Scottish Certificate of Education, 1962
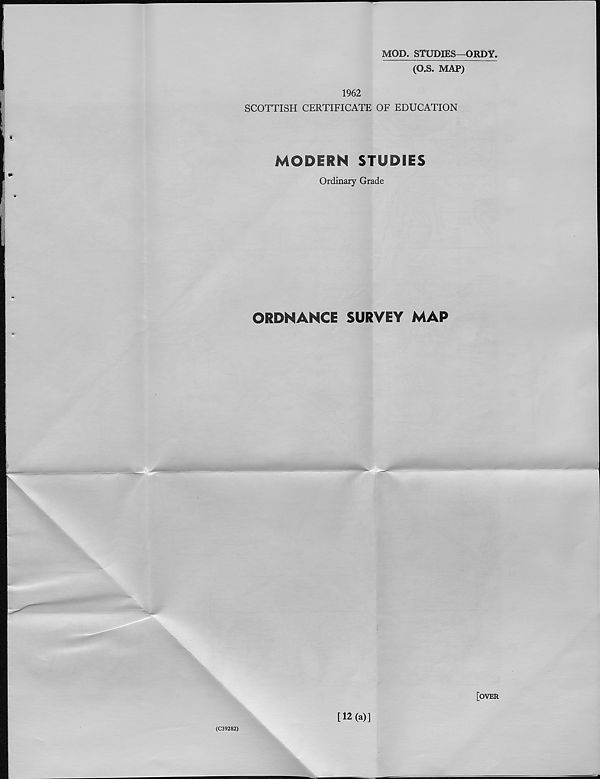
MOD. STUDIES—ORDY.
(O.S. MAP)
1962
SCOTTISH CERTIFICATE OF EDUCATION
MODERN STUDIES
Ordinary Grade
ORDNANCE SURVEY MAP
[over
(C39282)
[12(a)]